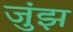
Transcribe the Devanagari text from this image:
जुंझ